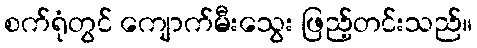
စက်ရုံတွင် ကျောက်မီးသွေး ဖြည့်တင်းသည်။